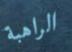
الراهبة